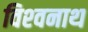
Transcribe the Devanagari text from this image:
विश्‍वनाथ्‍ा